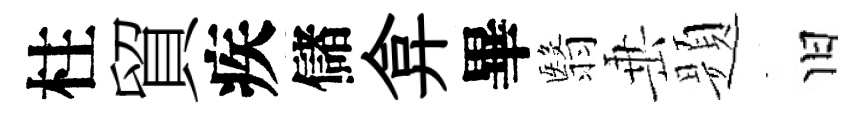
柱貿疾儲弇畢翳𡸁题旧